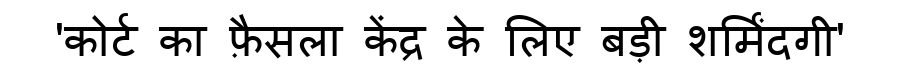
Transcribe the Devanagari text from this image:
'कोर्ट का फ़ैसला केंद्र के लिए बड़ी शर्मिंदगी'